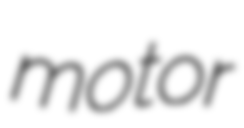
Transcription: motor